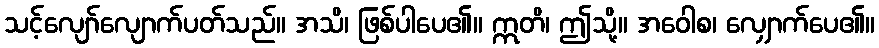
သင့်လျော်လျောက်ပတ်သည်။ အသိ၊ ဖြစ်ပါပေ၏။ ဣတိ၊ ဤသို့။ အဝေါစ၊ လျှောက်ပေ၏။